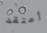
أعتقد